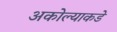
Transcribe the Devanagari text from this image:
अकोल्याकडे